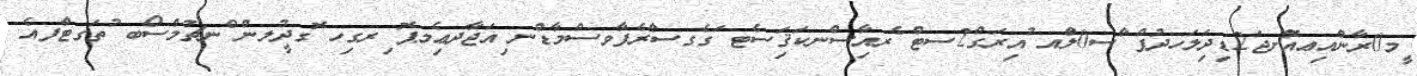
ީމ0ރާންއިިޢއޮްށޖަ2ޑިދަިލަހދުފް ާސ0ލްައ ުއިރަގް2ސޓް ެރއިާސްނކަޤަިސެޓ ަގެގސާުރެފާވސްމާޑްްނ ިއަޖާދޢިެމޕޮ ިރގިހ ޮގދުީލން ްނޗުމެްސޯބ ުތަގޓްާފއެ